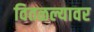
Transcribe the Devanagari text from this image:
वितळल्यावर